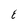
Character: E